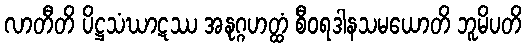
လာတီတိ ပိဋ္ဌသံဃာဋဿ အနုဂ္ဂဟတ္ထံ စီဝရဒါနသမယောတိ ဘူမိပတိ